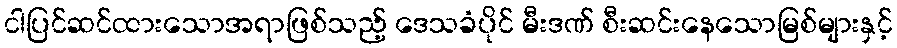
ငါပြင်ဆင်ထားသောအရာဖြစ်သည့် ဒေသခံပိုင် မီးဒဏ် စီးဆင်းနေသောမြစ်များနှင့်